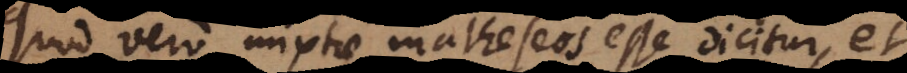
Quod vero mixtae matheseos esse dicitur, et